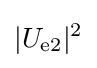
\vert U_{\text{e2}}\vert ^{2}